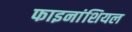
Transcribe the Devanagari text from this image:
फाइनांशियल